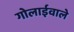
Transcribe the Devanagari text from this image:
गोलाईवाले